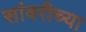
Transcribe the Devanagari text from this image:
सांवरीच्या